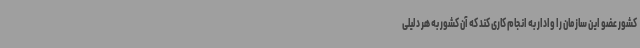
کشور عضو این سازمان را وادار به انجام کاری کند که آن کشور به هر دلیلی